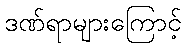
ဒဏ်ရာများကြောင့်